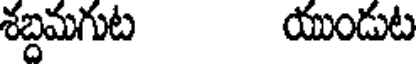
శబ్దమగుట యుండుట